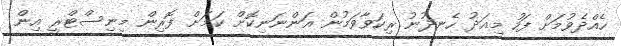
ހެއްދެވުމަށް ފަހު މިއަދު ހެނދުނު ރިކަވާވަމުން އަންނަނިކޮށް ކަމަށް ފޮރިން މިނިސްޓްރީ އިން